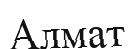
Алмат